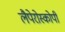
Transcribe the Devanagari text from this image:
लैपेरोस्कोपी